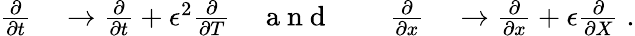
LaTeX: \begin{array}{rlrlrl}{\frac{\partial}{\partial t}}&{{}\rightarrow\frac{\partial}{\partial t}+\epsilon^{2}\frac{\partial}{\partial T}}&{\mathrm{~a~n~d~}}&{{}}&{\frac{\partial}{\partial x}}&{{}\rightarrow\frac{\partial}{\partial x}+\epsilon\frac{\partial}{\partial X}\; .}\end{array}